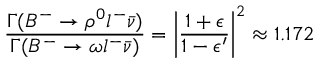
\frac { \Gamma ( B ^ { - } \rightarrow \rho ^ { 0 } l ^ { - } \bar { \nu } ) } { \Gamma ( B ^ { - } \rightarrow \omega l ^ { - } \bar { \nu } ) } = \left| \frac { 1 + \epsilon } { 1 - \epsilon ^ { \prime } } \right| ^ { 2 } \approx 1 . 1 7 2